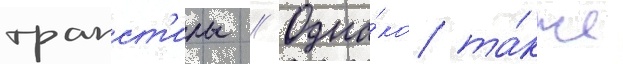
трапст'илы // Одна́ко та́кже